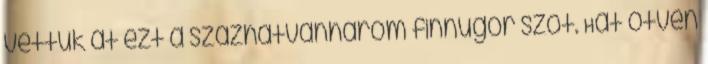
vettük át ezt a százhatvanhárom finnugor szót. Hát ötven